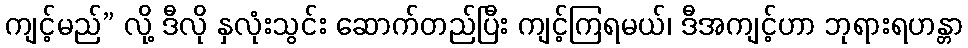
ကျင့်မည်” လို့ ဒီလို နှလုံးသွင်း ဆောက်တည်ပြီး ကျင့်ကြရမယ်၊ ဒီအကျင့်ဟာ ဘုရားရဟန္တာ